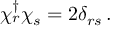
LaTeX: \chi _ { r } ^ { \dag } \chi _ { s } = 2 \delta _ { r s } \, .